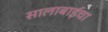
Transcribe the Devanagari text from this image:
सालाबाईचा